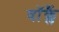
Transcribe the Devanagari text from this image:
वॉक्लैं